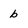
Character: b